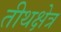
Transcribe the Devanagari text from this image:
तीथक्षेत्र